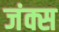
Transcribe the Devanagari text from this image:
जंक्स